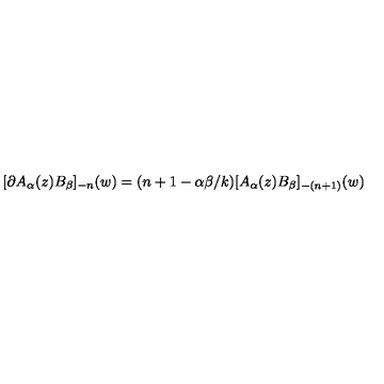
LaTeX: [ \partial A _ { \alpha } ( z ) B _ { \beta } ] _ { - n } ( w ) = ( n + 1 - \alpha \beta / k ) [ A _ { \alpha } ( z ) B _ { \beta } ] _ { - ( n + 1 ) } ( w )